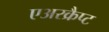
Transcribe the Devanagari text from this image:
एअरक्रैप्ट